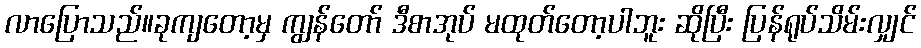
လာပြောသည်။ခုကျတော့မှ ကျွန်တော် ဒီစာအုပ် မထုတ်တော့ပါဘူး ဆိုပြီး ပြန်ရုပ်သိမ်းလျှင်